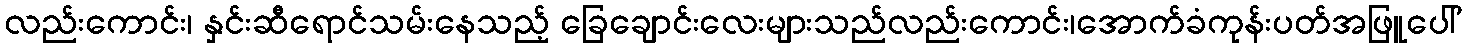
လည်းကောင်း၊ နှင်းဆီရောင်သမ်းနေသည့် ခြေချောင်းလေးများသည်လည်းကောင်း၊အောက်ခံကုန်းပတ်အဖြူပေါ်